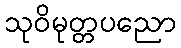
သုဝိမုတ္တပညော